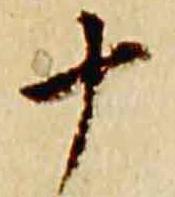
十